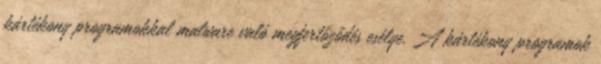
kártékony programokkal malware való megfertőződés esélye. A kártékony programok